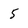
Character: 5